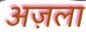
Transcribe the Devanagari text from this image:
अज़ला